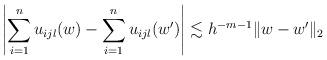
LaTeX: \begin{align*} \left| \sum_{i=1}^n u_{i j l}(w) - \sum_{i=1}^n u_{i j l}(w') \right| &\lesssim h^{-m-1} \|w-w'\|_2 \end{align*}